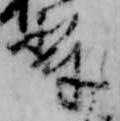
輩